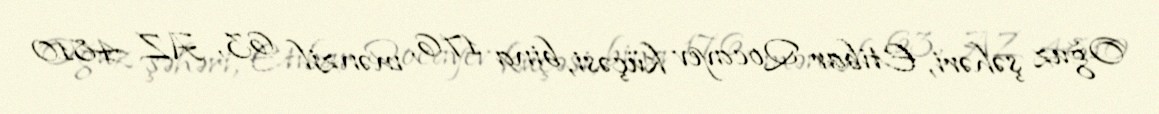
Oğuz şəhəri, Etibar Qocayev küçəsi, bina 176, mənzil 63, AZ 4810